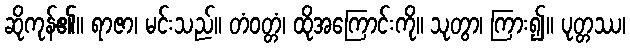
ဆိုကုန်၏။ ရာဇာ၊ မင်းသည်။ တံဝတ္တံ၊ ထိုအကြောင်းကို။ သုတွာ၊ ကြား၍။ ပုတ္တဿ၊